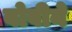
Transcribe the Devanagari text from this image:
बोवीने